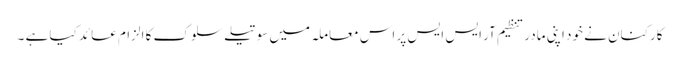
کارکنان نے خود اپنی مادر تنظیم آر ایس ایس پر اس معاملہ میں سوتیلے سلوک کا الزام عائد کیا ہے ۔